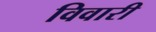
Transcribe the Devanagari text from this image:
विवारी